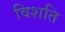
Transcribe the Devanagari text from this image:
विशति